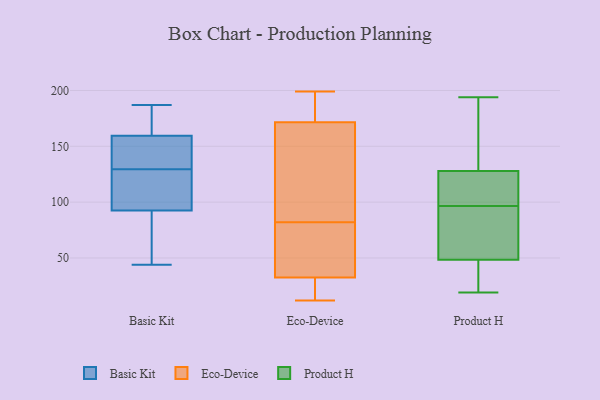
{"axis": {"x": "Temperature (°C)", "y": "Value"}, "legend": ["Basic Kit", "Eco-Device", "Product H"], "data": [{"x": "", "y": 65, "type": "Basic Kit"}, {"x": "", "y": 59, "type": "Basic Kit"}, {"x": "", "y": 187, "type": "Basic Kit"}, {"x": "", "y": 131, "type": "Basic Kit"}, {"x": "", "y": 149, "type": "Basic Kit"}, {"x": "", "y": 62, "type": "Basic Kit"}, {"x": "", "y": 108, "type": "Basic Kit"}, {"x": "", "y": 168, "type": "Basic Kit"}, {"x": "", "y": 164, "type": "Basic Kit"}, {"x": "", "y": 44, "type": "Basic Kit"}, {"x": "", "y": 115, "type": "Basic Kit"}, {"x": "", "y": 169, "type": "Basic Kit"}, {"x": "", "y": 117, "type": "Basic Kit"}, {"x": "", "y": 134, "type": "Basic Kit"}, {"x": "", "y": 148, "type": "Basic Kit"}, {"x": "", "y": 110, "type": "Basic Kit"}, {"x": "", "y": 77, "type": "Basic Kit"}, {"x": "", "y": 128, "type": "Basic Kit"}, {"x": "", "y": 155, "type": "Basic Kit"}, {"x": "", "y": 171, "type": "Basic Kit"}, {"x": "", "y": 79, "type": "Eco-Device"}, {"x": "", "y": 30, "type": "Eco-Device"}, {"x": "", "y": 176, "type": "Eco-Device"}, {"x": "", "y": 134, "type": "Eco-Device"}, {"x": "", "y": 199, "type": "Eco-Device"}, {"x": "", "y": 34, "type": "Eco-Device"}, {"x": "", "y": 25, "type": "Eco-Device"}, {"x": "", "y": 158, "type": "Eco-Device"}, {"x": "", "y": 82, "type": "Eco-Device"}, {"x": "", "y": 58, "type": "Eco-Device"}, {"x": "", "y": 32, "type": "Eco-Device"}, {"x": "", "y": 154, "type": "Eco-Device"}, {"x": "", "y": 194, "type": "Eco-Device"}, {"x": "", "y": 176, "type": "Eco-Device"}, {"x": "", "y": 157, "type": "Eco-Device"}, {"x": "", "y": 44, "type": "Eco-Device"}, {"x": "", "y": 32, "type": "Eco-Device"}, {"x": "", "y": 12, "type": "Eco-Device"}, {"x": "", "y": 176, "type": "Eco-Device"}, {"x": "", "y": 34, "type": "Product H"}, {"x": "", "y": 19, "type": "Product H"}, {"x": "", "y": 89, "type": "Product H"}, {"x": "", "y": 95, "type": "Product H"}, {"x": "", "y": 38, "type": "Product H"}, {"x": "", "y": 97, "type": "Product H"}, {"x": "", "y": 102, "type": "Product H"}, {"x": "", "y": 43, "type": "Product H"}, {"x": "", "y": 54, "type": "Product H"}, {"x": "", "y": 134, "type": "Product H"}, {"x": "", "y": 194, "type": "Product H"}, {"x": "", "y": 163, "type": "Product H"}, {"x": "", "y": 165, "type": "Product H"}, {"x": "", "y": 101, "type": "Product H"}, {"x": "", "y": 85, "type": "Product H"}, {"x": "", "y": 106, "type": "Product H"}, {"x": "", "y": 29, "type": "Product H"}, {"x": "", "y": 96, "type": "Product H"}, {"x": "", "y": 122, "type": "Product H"}, {"x": "", "y": 136, "type": "Product H"}]}